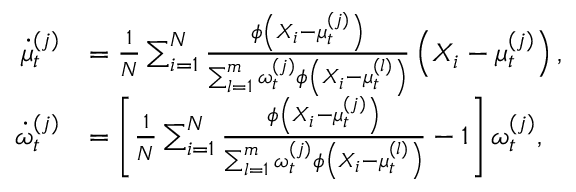
\begin{array} { r l } { \dot { \mu } _ { t } ^ { ( j ) } } & { = \frac { 1 } { N } \sum _ { i = 1 } ^ { N } \frac { \phi \left( X _ { i } - \mu _ { t } ^ { ( j ) } \right) } { \sum _ { l = 1 } ^ { m } \omega _ { t } ^ { ( j ) } \phi \left( X _ { i } - \mu _ { t } ^ { ( l ) } \right) } \left( X _ { i } - \mu _ { t } ^ { ( j ) } \right) , } \\ { \dot { \omega } _ { t } ^ { ( j ) } } & { = \left[ \frac { 1 } { N } \sum _ { i = 1 } ^ { N } \frac { \phi \left( X _ { i } - \mu _ { t } ^ { ( j ) } \right) } { \sum _ { l = 1 } ^ { m } \omega _ { t } ^ { ( j ) } \phi \left( X _ { i } - \mu _ { t } ^ { ( l ) } \right) } - 1 \right] \omega _ { t } ^ { ( j ) } , } \end{array}